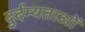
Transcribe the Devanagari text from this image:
दुर्दम्यताओं